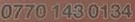
0770 143 0134